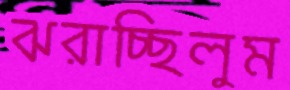
ঝরাচ্ছিলুম